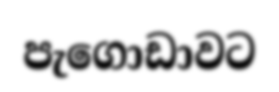
පැගොඩාවට